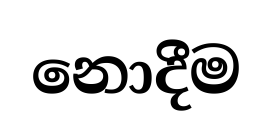
නොදීම